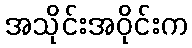
အသိုင်းအဝိုင်းက